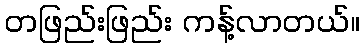
တဖြည်းဖြည်း ကန့်လာတယ်။